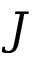
J